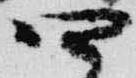
四